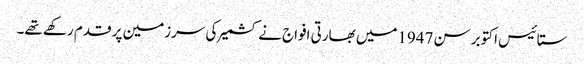
ستائیس اکتوبر سن 1947میں بھارتی افواج نے کشمیر کی سرزمین پر قدم رکھے تھے۔